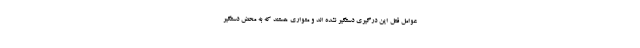
عوامل قتل این درگیری دستگیر نشده اند و متواری هستند که به محض دستگیر